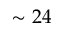
\sim 2 4